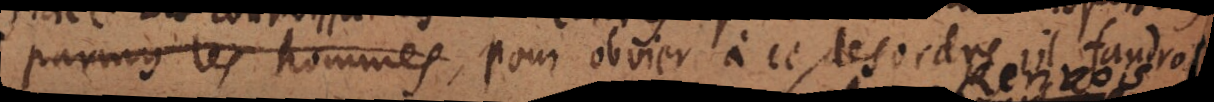
parmy les hommes, Pour obvier à ce desordre, il faudro